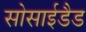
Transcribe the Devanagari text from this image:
सोसाईडैड